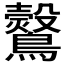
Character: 𪇂